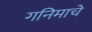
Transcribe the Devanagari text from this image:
गनिमाचे